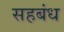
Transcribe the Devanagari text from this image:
सहबंध